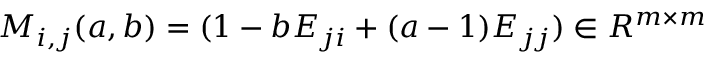
\begin{array} { r } { M _ { i , j } ( a , b ) = ( \boldsymbol { 1 } - b E _ { j i } + ( a - 1 ) E _ { j j } ) \in R ^ { m \times m } } \end{array}